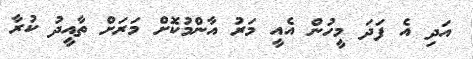
އަދި އެ ފަދަ މީހުން އެއީ މަރު އާންމުކޮށް މަރަށް ތާއީދު ކުރާ